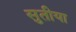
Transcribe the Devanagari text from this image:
सुतीया